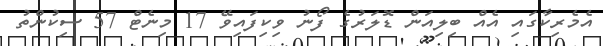
އެމެރިކާގައި އެއް ބިލިއަން ޑޮލަރުގެ ފޯނު ވިކިފައިވޭ 17 މިނެޓް 57 ސިކުންތު